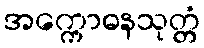
အက္ကောဓနသုတ္တံ